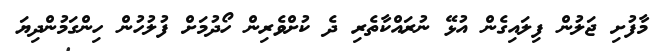
މާފުށި ޖަލުން ފިލައިގެން އުޅޭ ނުރައްކާތެރި ދެ ކުށްވެރިން ހޯދުމަށް ފުލުހުން ހިންގަމުންދިޔަ